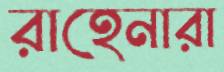
রাহেনারা